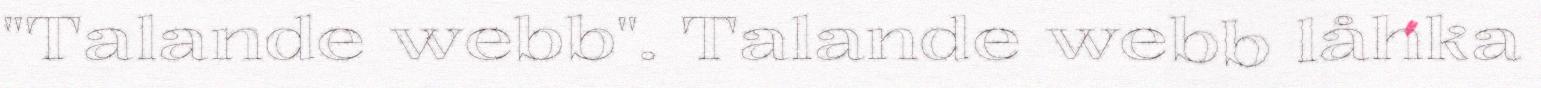
"Talande webb". Talande webb låhka